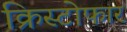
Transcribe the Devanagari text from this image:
क्रिस्टोफार